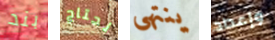
بند نحتاج ينتهى وإعداد